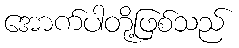
အောက်ပါတို့ဖြစ်သည်